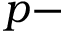
p -